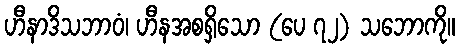
ဟီနာဒိသဘာဝံ၊ ဟီနအစရှိသော (ပေ ၇၂) သဘောကို။